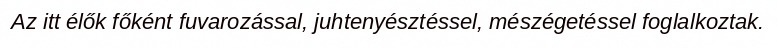
Az itt élők főként fuvarozással, juhtenyésztéssel, mészégetéssel foglalkoztak.